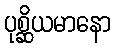
ပုစ္ဆိယမာနော